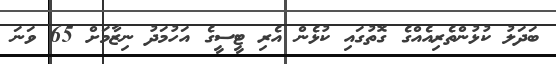
ބަދަލު ކުޅުންތެރިއެއްގެ ގޮތުގައި ކުޅެން އެރި ޓީސީގެ އަހުމަދު ނިޒާމަށް 65 ވަނަ